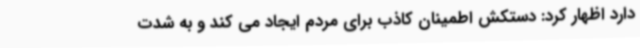
دارد اظهار کرد: دستکش اطمینان کاذب برای مردم ایجاد می کند و به شدت